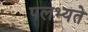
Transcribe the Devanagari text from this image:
पलभ्यते